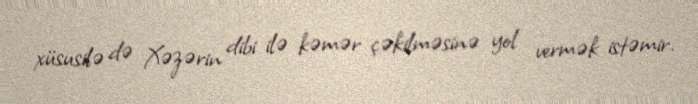
xüsusilə də Xəzərin dibi ilə kəmər çəkilməsinə yol vermək istəmir.